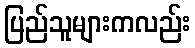
ပြည်သူများကလည်း